Insane asylums Bombay 1873-77 - 1873-1877
Year: 1873
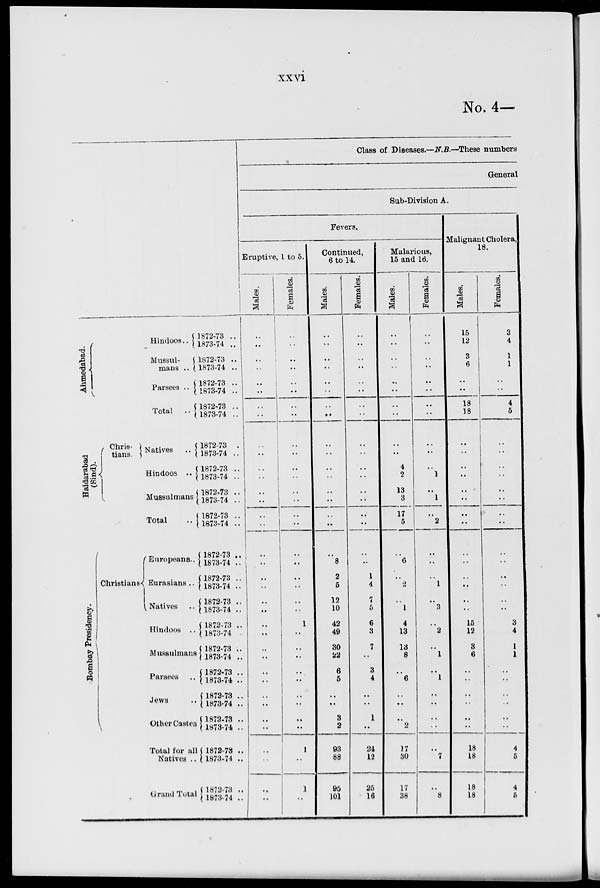
xxvi
No. 4—
Ahmedabad.
Hindoos..
Mussul-
mans ..
Parsees ..
Total ..
Haidarabad
(Sind).
Chris-
tians.
Natives ..
Hindoos ..
Mussulmans
Total
..
Bombay Presidency.
Christians
Europeans..
Eurasians ..
Natives ..
Hindoos ..
Mussulmans
Parsees ..
Jews ..
Other Castes
Total for all
Natives ...
Grand Total
1872-73 ..
1873-74 ..
1872-73 ..
1873-74 ..
1872-73 ..
1873-74 ..
1872-73 ..
1873-74 ..
1872-73 .
1873-74 ..
1872-73 ..
1873-74 ..
1872-73 ..
1873-74 ..
1872-73 ..
1873-74 ..
1872-73 ..
1873-74 ..
1872-73 ..
1873-74 ..
1872-73 ..
1873-74 ..
1872-73 ..
1873-74
1872-73 ..
1873-74 ..
1872-73 ..
1873-74 ..
1872-73 ..
1873-74 ..
1872-73 ..
1873-74 ..
1872-73 ..
1873-74 ..
1872-73 ..
1873-74 ..
Class of Diseases.—N.B.—These numbers
General
Sub-Division A.
Fevers.
Eruptive, 1 to 5.
Males.
..
..
..
..
..
..
..
..
..
..
..
..
..
..
..
..
..
..
..
..
..
..
..
..
..
..
..
..
..
..
..
..
..
..
..
..
Females.
..
..
..
..
..
..
..
..
..
..
..
..
..
..
..
..
..
..
..
..
..
..
1
..
..
..
..
..
..
..
..
..
1
..
1
..
Continued,
6 to 14.
Males.
..
..
..
..
..
..
..
..
..
..
..
..
..
..
..
..
..
8
2
5
12
10
42
49
30
22
6
5
..
..
3
2
93
88
95
101
Females.
..
..
..
..
..
..
..
..
..
..
..
..
..
..
..
..
..
..
1
4
7
5
6
3
7
..
3
4
..
..
1
..
24
12
25
16
Malarious,
15 and 16.
Males.
..
..
..
..
..
..
..
..
..
..
4
2
13
3
17
5
..
6
..
2
..
1
4
13
13
8
..
6
..
..
..
2
17
30
17
38
Females.
..
..
..
..
..
..
..
..
..
..
..
1
..
1
..
2
..
..
..
1
..
3
..
2
..
1
..
1
..
..
..
..
7
..
8
Malignant Cholera,
18.
Males.
15
12
3
6
..
..
18
18
..
..
..
..
..
..
..
..
..
..
..
..
..
..
15
12
3
6
..
..
..
..
..
..
18
18
18
18
Females.
3
4
1
1
..
..
4
5
..
..
..
..
..
..
..
..
..
..
..
..
..
..
3
4
1
1
..
..
..
..
..
..
4
5
4
5